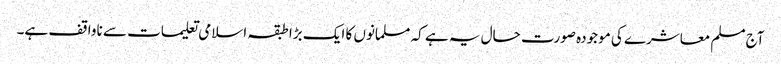
آج مسلم معاشرے کی موجودہ صورت حال یہ ہے کہ مسلمانوں کا ایک بڑا طبقہ اسلامی تعلیمات سے ناواقف ہے۔